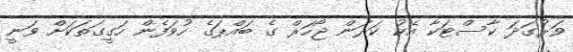
ވަރުގަދަ ކާސްޓަކާ އެކު ކަރަން ޖޯހަރް ގެ ބައްޕަގެ ހުވަފެން ހަގީގަތަކަށް ވަނީ